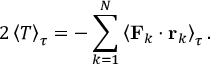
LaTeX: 2 \left\langle T \right\rangle _ { \tau } = - \sum _ { k = 1 } ^ { N } \left\langle \mathbf { F } _ { k } \cdot \mathbf { r } _ { k } \right\rangle _ { \tau } .